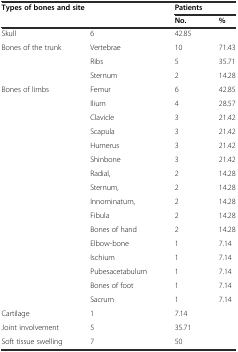
<table><thead><tr><td colspan="2"><b>Types of bones and site</b></td><td colspan="2"><b>Patients</b></td></tr><tr><td></td><td></td><td><b>No.</b></td><td><b>%</b></td></tr></thead><tbody><tr><td>Skull</td><td>6</td><td>42.85</td><td></td></tr><tr><td>Bones of the trunk</td><td>Vertebrae</td><td>10</td><td>71.43</td></tr><tr><td></td><td>Ribs</td><td>5</td><td>35.71</td></tr><tr><td></td><td>Sternum</td><td>2</td><td>14.28</td></tr><tr><td>Bones of limbs</td><td>Femur</td><td>6</td><td>42.85</td></tr><tr><td></td><td>Ilium</td><td>4</td><td>28.57</td></tr><tr><td></td><td>Clavicle</td><td>3</td><td>21.42</td></tr><tr><td></td><td>Scapula</td><td>3</td><td>21.42</td></tr><tr><td></td><td>Humerus</td><td>3</td><td>21.42</td></tr><tr><td></td><td>Shinbone</td><td>3</td><td>21.42</td></tr><tr><td></td><td>Radial,</td><td>2</td><td>14.28</td></tr><tr><td></td><td>Sternum,</td><td>2</td><td>14.28</td></tr><tr><td></td><td>Innominatum,</td><td>2</td><td>14.28</td></tr><tr><td></td><td>Fibula</td><td>2</td><td>14.28</td></tr><tr><td></td><td>Bones of hand</td><td>2</td><td>14.28</td></tr><tr><td></td><td>Elbow-bone</td><td>1</td><td>7.14</td></tr><tr><td></td><td>Ischium</td><td>1</td><td>7.14</td></tr><tr><td></td><td>Pubesacetabulum</td><td>1</td><td>7.14</td></tr><tr><td></td><td>Bones of foot</td><td>1</td><td>7.14</td></tr><tr><td></td><td>Sacrum</td><td>1</td><td>7.14</td></tr><tr><td>Cartilage</td><td>1</td><td>7.14</td><td></td></tr><tr><td>Joint involvement</td><td>5</td><td>35.71</td><td></td></tr><tr><td>Soft tissue swelling</td><td>7</td><td>50</td><td></td></tr></tbody></table>